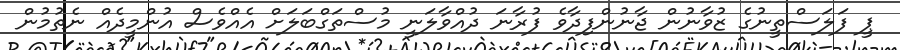
ޕީ ފަލަސްތީނުގެ ޒުވާނުން ޖާނުންފިދާވެ ފުރާނަ ދުއްވާލަނީ މުސްތަގްބަލަށް އެއްވެސް އުންމީދެއް ނެތުމުން